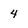
Character: 4